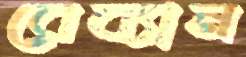
রেব্যান